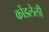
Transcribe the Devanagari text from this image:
कोंडलेली